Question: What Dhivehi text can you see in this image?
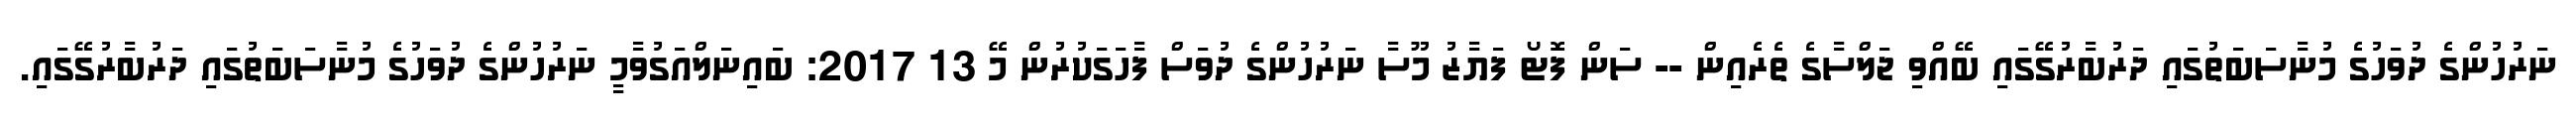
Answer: ނަރުހުންގެ ދުވަހުގެ މުނާސަބަތުގައި ދަރުބާރުގޭގައި ބޭއްވި ޖަލްސާގެ ތެރެއިން -- ސަން ފޮޓޯ ފަޔާޒު މޫސާ ނަރުހުންގެ ދުވަސް ފާހަގަކުރުން މޭ 13 2017: ބައިނަލްއަގުވާމީ ނަރުހުންގެ ދުވަހުގެ މުނާސަބަތުގައި ދަރުބާރުގޭގައި.